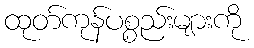
ထုတ်ကုန်ပစ္စည်းများကို